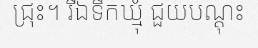
ជ្រុះ។ រីឯទឹកឃ្មុំ ជួយបណ្តុះ